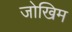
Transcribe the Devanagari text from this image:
जोखिम